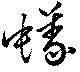
蟻